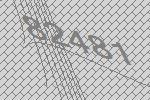
82481